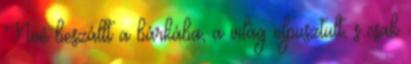
Noé beszállt a bárkába, a világ elpusztult, s csak